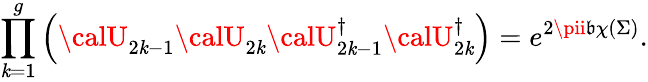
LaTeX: \prod_{\mathit{k}=1}^{g}\left({\calU}_{2\mathit{k}-1}{\calU}_{2\mathit{k}}{\calU}_{2\mathit{k}-1}^{\dagger}{\calU}_{2\mathit{k}}^{\dagger}\right)=e^{2\pii\mathfrak{b}\chi(\Sigma)}.